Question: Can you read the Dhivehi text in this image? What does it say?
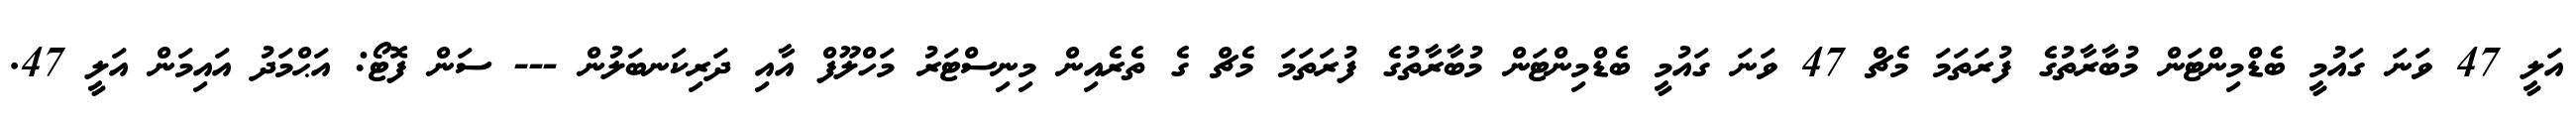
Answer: އަލީ 47 ވަނަ ގައުމީ ބެޑްމިންޓަން މުބާރާތުގެ ފުރަތަމަ މެޗް 47 ވަނަ ގައުމީ ބެޑްމިންޓަން މުބާރާތުގެ ފުރަތަމަ މެޗް ގެ ތެރެއިން މިނިސްޓަރު މަހްލޫފް އާއި ދަރިކަނބަލުން --- ސަން ފޮޓޯ: އަޙްމަދު އައިމަން އަލީ 47.